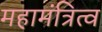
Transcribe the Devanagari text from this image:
महामंत्रित्व